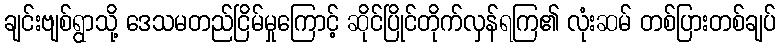
ချင်းဗျစ်ရွာသို့ ဒေသမတည်ငြိမ်မှုကြောင့် ဆိုင်ပြိုင်တိုက်လှန်ရကြ၏ လုံးဆမ် တစ်ပြားတစ်ချပ်